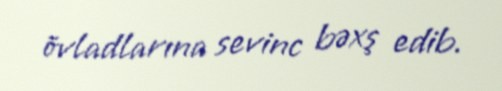
övladlarına sevinc bəxş edib.